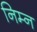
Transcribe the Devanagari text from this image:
निम्‍न